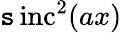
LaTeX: \operatorname{\mathtt{s}inc}^{2}(ax)